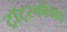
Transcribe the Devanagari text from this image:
ट्रॉट्स्कीवाद